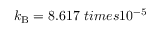
k _ { \mathrm { B } } = 8 . 6 1 7 \ t i m e s 1 0 ^ { - 5 }